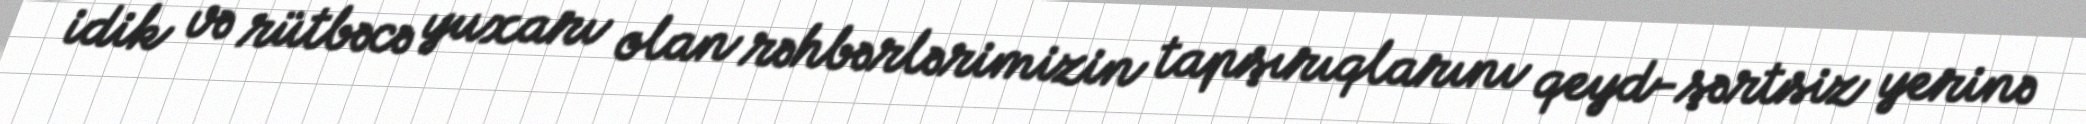
idik və rütbəcə yuxarı olan rəhbərlərimizin tapşırıqlarını qeyd-şərtsiz yerinə